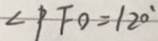
\angle P F O = 1 2 0 ^ { \circ }